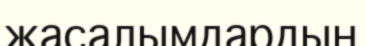
жасалымдардың